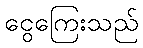
ငွေကြေးသည်